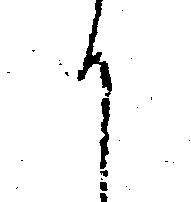
か